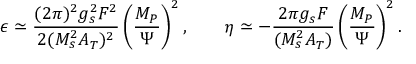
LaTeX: \epsilon \simeq \frac { ( 2 \pi ) ^ { 2 } g _ { s } ^ { 2 } F ^ { 2 } } { 2 ( M _ { s } ^ { 2 } A _ { T } ) ^ { 2 } } \left( \frac { M _ { P } } { \Psi } \right) ^ { 2 } , \qquad \eta \simeq - \frac { 2 \pi g _ { s } F } { ( M _ { s } ^ { 2 } A _ { T } ) } \left( \frac { M _ { P } } { \Psi } \right) ^ { 2 } .